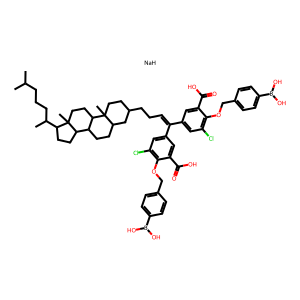
SMILES: CC(C)CCCC(C)C1CCC2C3CCC4CC(CCC=C(c5cc(Cl)c(OCc6ccc(B(O)O)cc6)c(C(=O)O)c5)c5cc(Cl)c(OCc6ccc(B(O)O)cc6)c(C(=O)O)c5)CCC4(C)C3CCC12C.[NaH]
Inhibits HIV replication: Yes